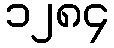
၁၂၈၄